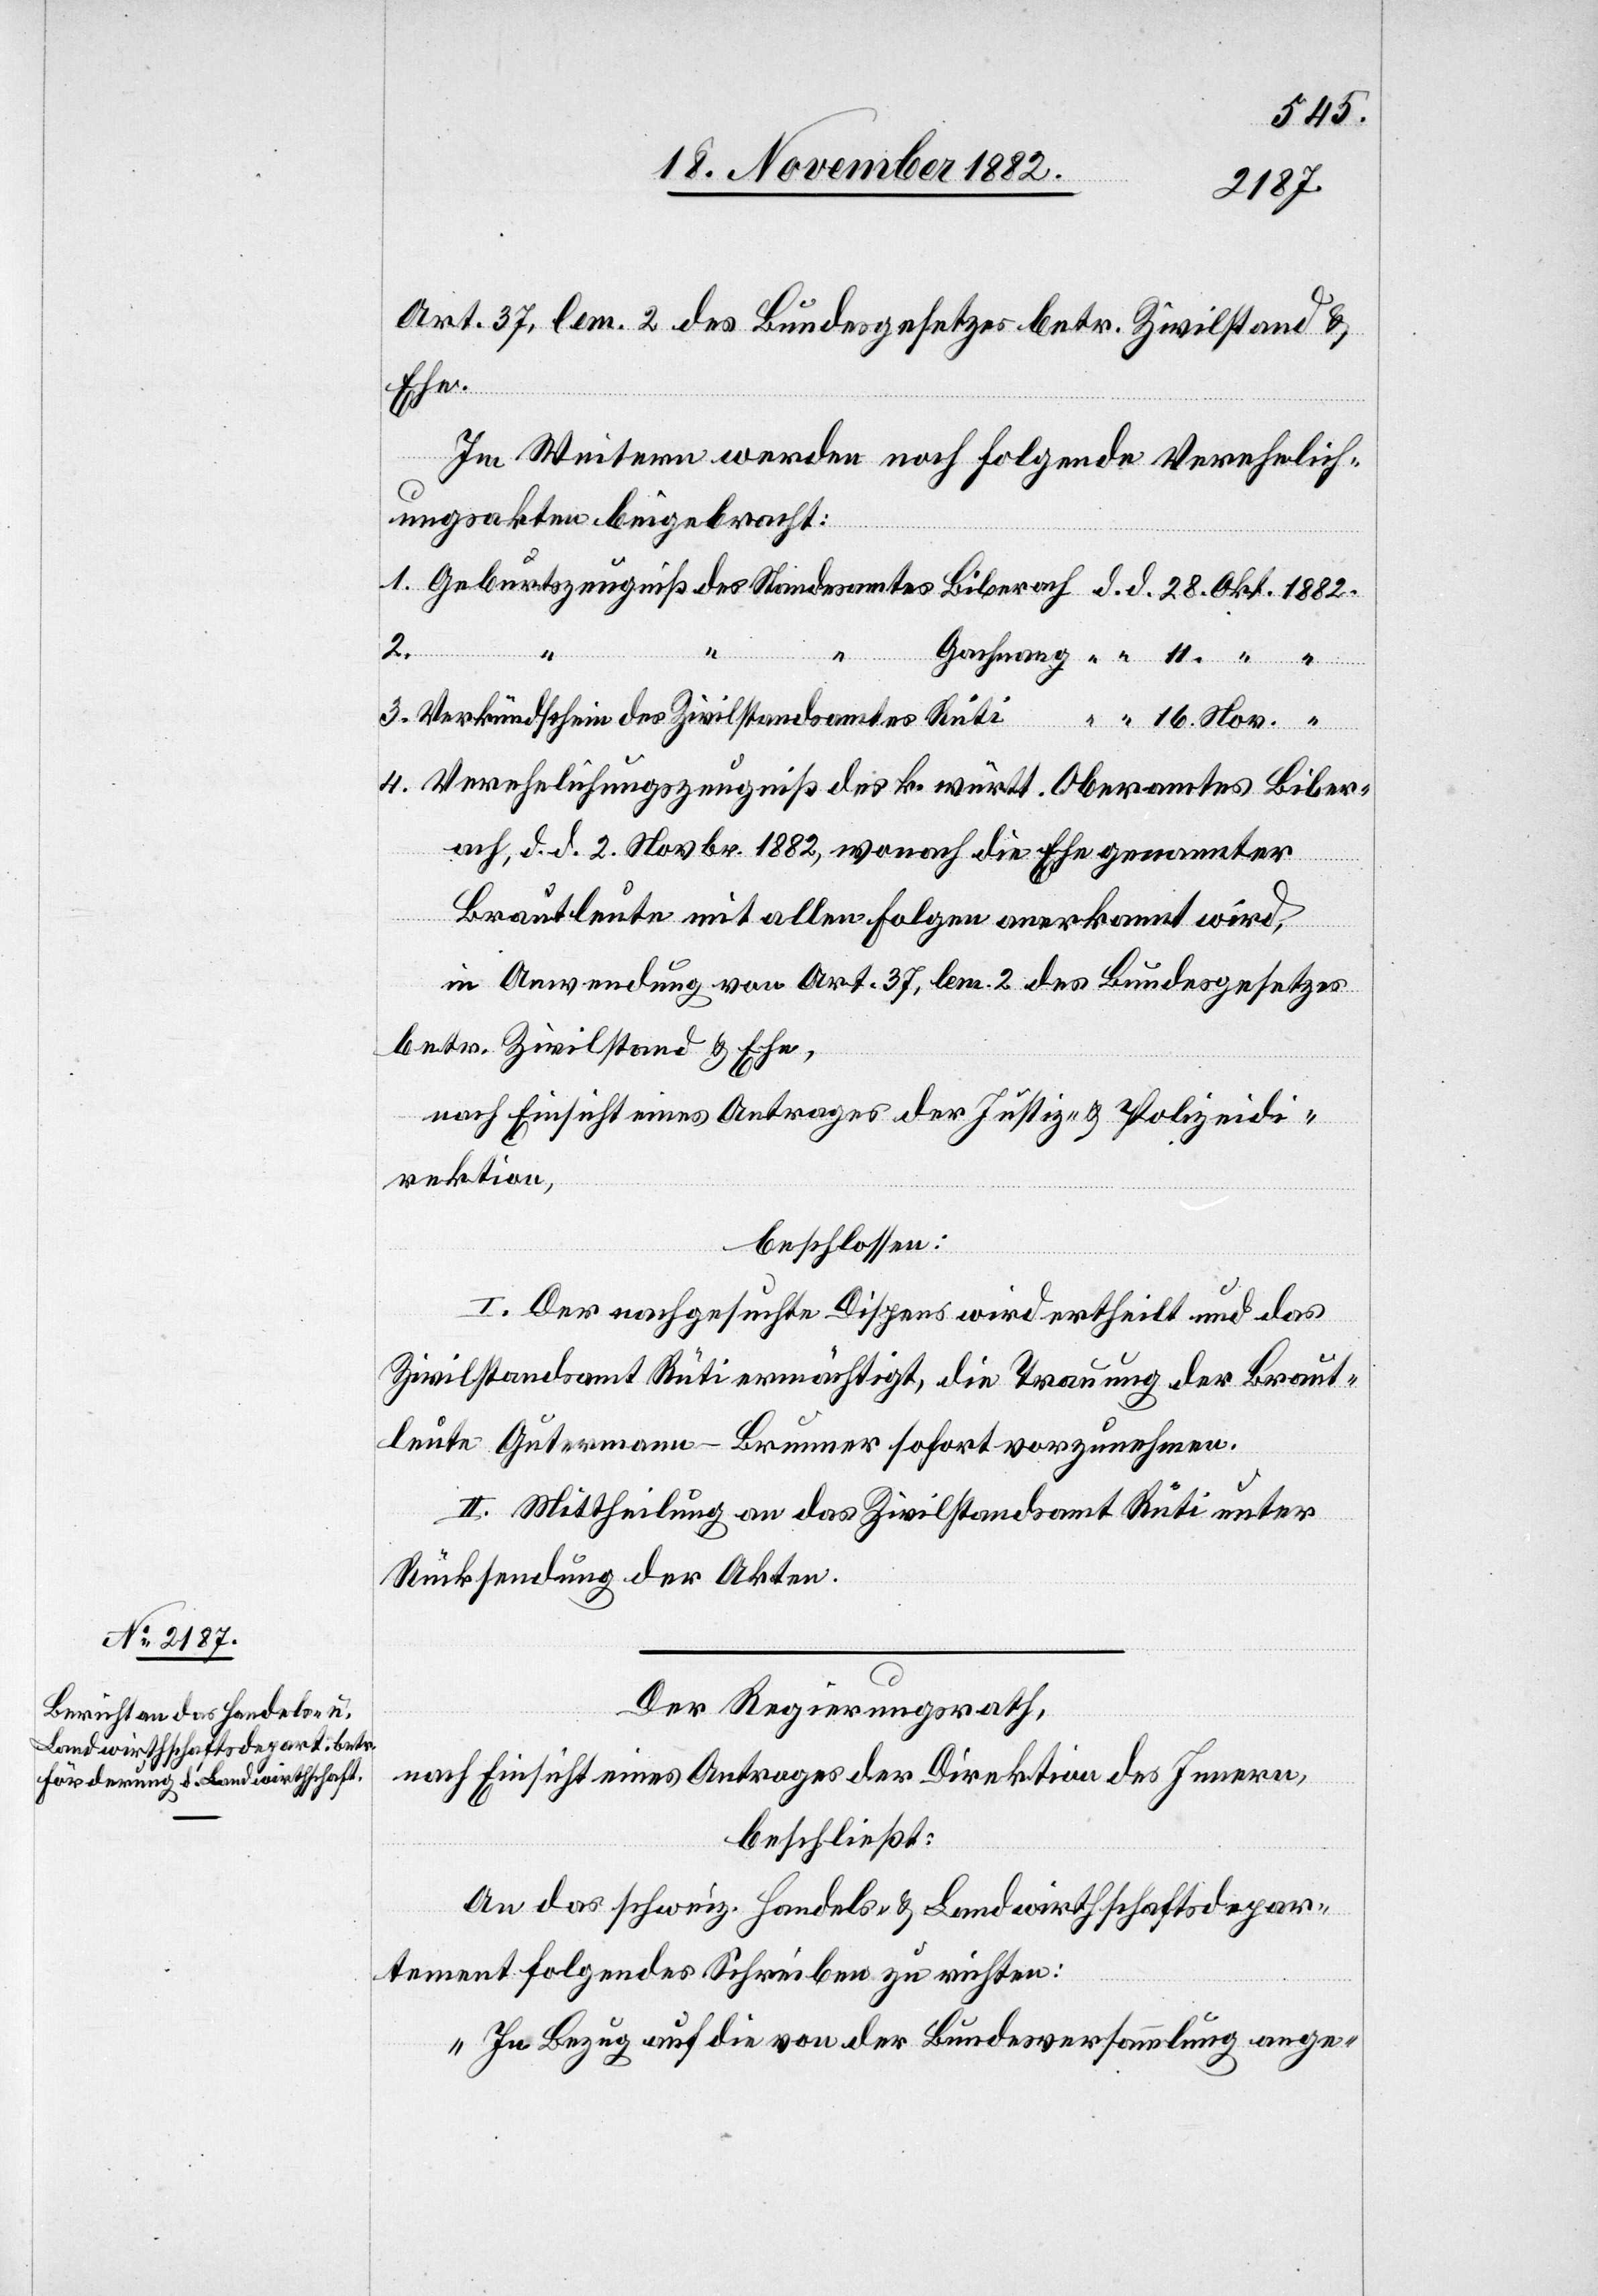
1882.
Art. 37, lem. 2 des Bundesgesetzes betr. Zivilstand &
schein
Im Weitern werden noch folgende Verehelich¬
ungsakten beigebracht:
2.
4.
amtes
Verehelichungszeugniß des k. württ. Oberamtes Biber¬
ach, d. d. 2. Novbr. 1882, wonach die Ehe genannter
Brauleute mit allen Folgen anerkannt wird,
in Anwendung von Art. 37, lem. 2 des Bundesgesetzes
betr. Zivilstand & Ehe,
nach Einsicht eines Antrages der Justiz- & Polizeidi¬
rektion,
beschlossen:
I. Der nachgesuchte Dispens wird ertheilt und das
Zivilstandsamt Rüti ermächtigt, die Trauung der Braut¬
leute Gutermann-Brunner sofort vorzunehmen.
II. Mittheilung an das Zivilstandsamt Rüti unter
Rücksendung der Akten.
Der Regierungsrath,
nach Einsicht eines Antrages der Direktion des Innern,
beschließt:
An das schweiz. Handels- & Landwirthschaftsdepar¬
tement folgendes Schreiben zu richten:
„In Bezug auf die von der Bundesversammlung ange-